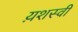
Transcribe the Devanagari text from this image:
य़शस्वी